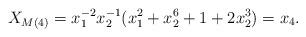
LaTeX: \begin{align*} X_{M(4)} = x_1^{-2}x_2^{-1}(x_1^2 + x_2^6 + 1 + 2x_2^3) = x_4. \end{align*}